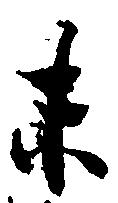
未